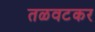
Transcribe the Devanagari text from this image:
तळवटकर